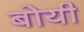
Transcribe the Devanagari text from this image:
बोयी